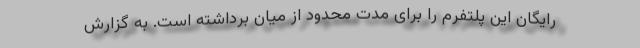
رایگان این پلتفرم را برای مدت محدود از میان برداشته است. به گزارش